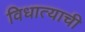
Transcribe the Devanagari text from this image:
विधात्याची